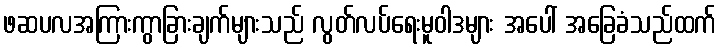
ဖဆပလအကြားကွာခြားချက်များသည် လွတ်လပ်ရေးမူဝါဒများ အပေါ် အခြေခံသည်ထက်